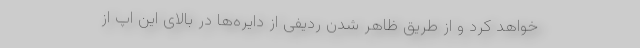
خواهد کرد و از طریق ظاهر شدن ردیفی از دایره‌ها در بالای این اپ از